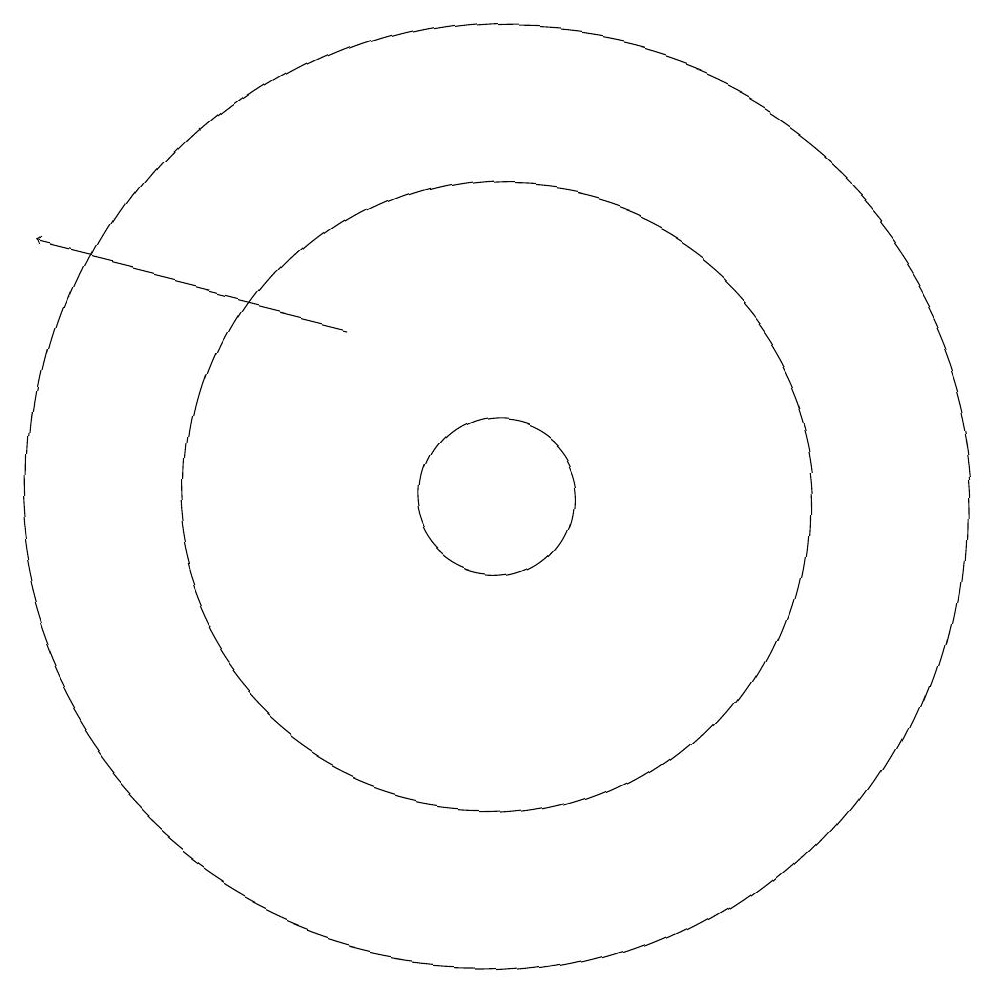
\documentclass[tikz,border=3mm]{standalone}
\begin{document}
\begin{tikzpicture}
\draw (11,10) circle (4);
\draw (11,10) circle (6);
\draw (11,10) circle (1);
\draw[->] (9,12) -- (5,13);
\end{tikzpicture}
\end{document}